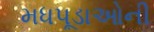
મધપૂડાઓની